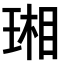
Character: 𤧇